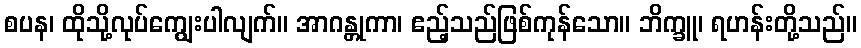
စပန၊ ထိုသို့လုပ်ကျွေးပါလျက်။ အာဂန္တုကာ၊ ဧည့်သည်ဖြစ်ကုန်သော။ ဘိက္ခူ၊ ရဟန်းတို့သည်။